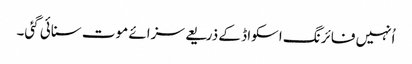
اُنہیں فائرنگ اسکواڈ کے ذریعے سزائے موت سنائی گئی۔